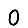
Digit: 0